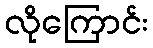
လိုကြောင်း